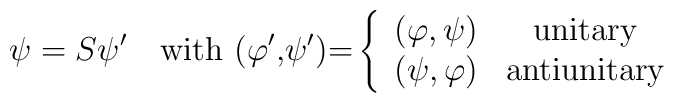
\psi =S\psi ^{\prime \quad }\hbox{with (}\varphi ^{\prime }\hbox{,}\psi^{\prime }\hbox{)=}\left\{ \begin{array}{cc}(\varphi ,\psi ) & \hbox{unitary} \\ (\psi ,\varphi ) & \hbox{antiunitary}\end{array}\right.